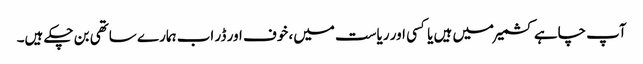
آپ چاہے کشمیر میں ہیں یا کسی اور ریاست میں، خوف اور ڈر اب ہمارے ساتھی بن چکے ہیں۔